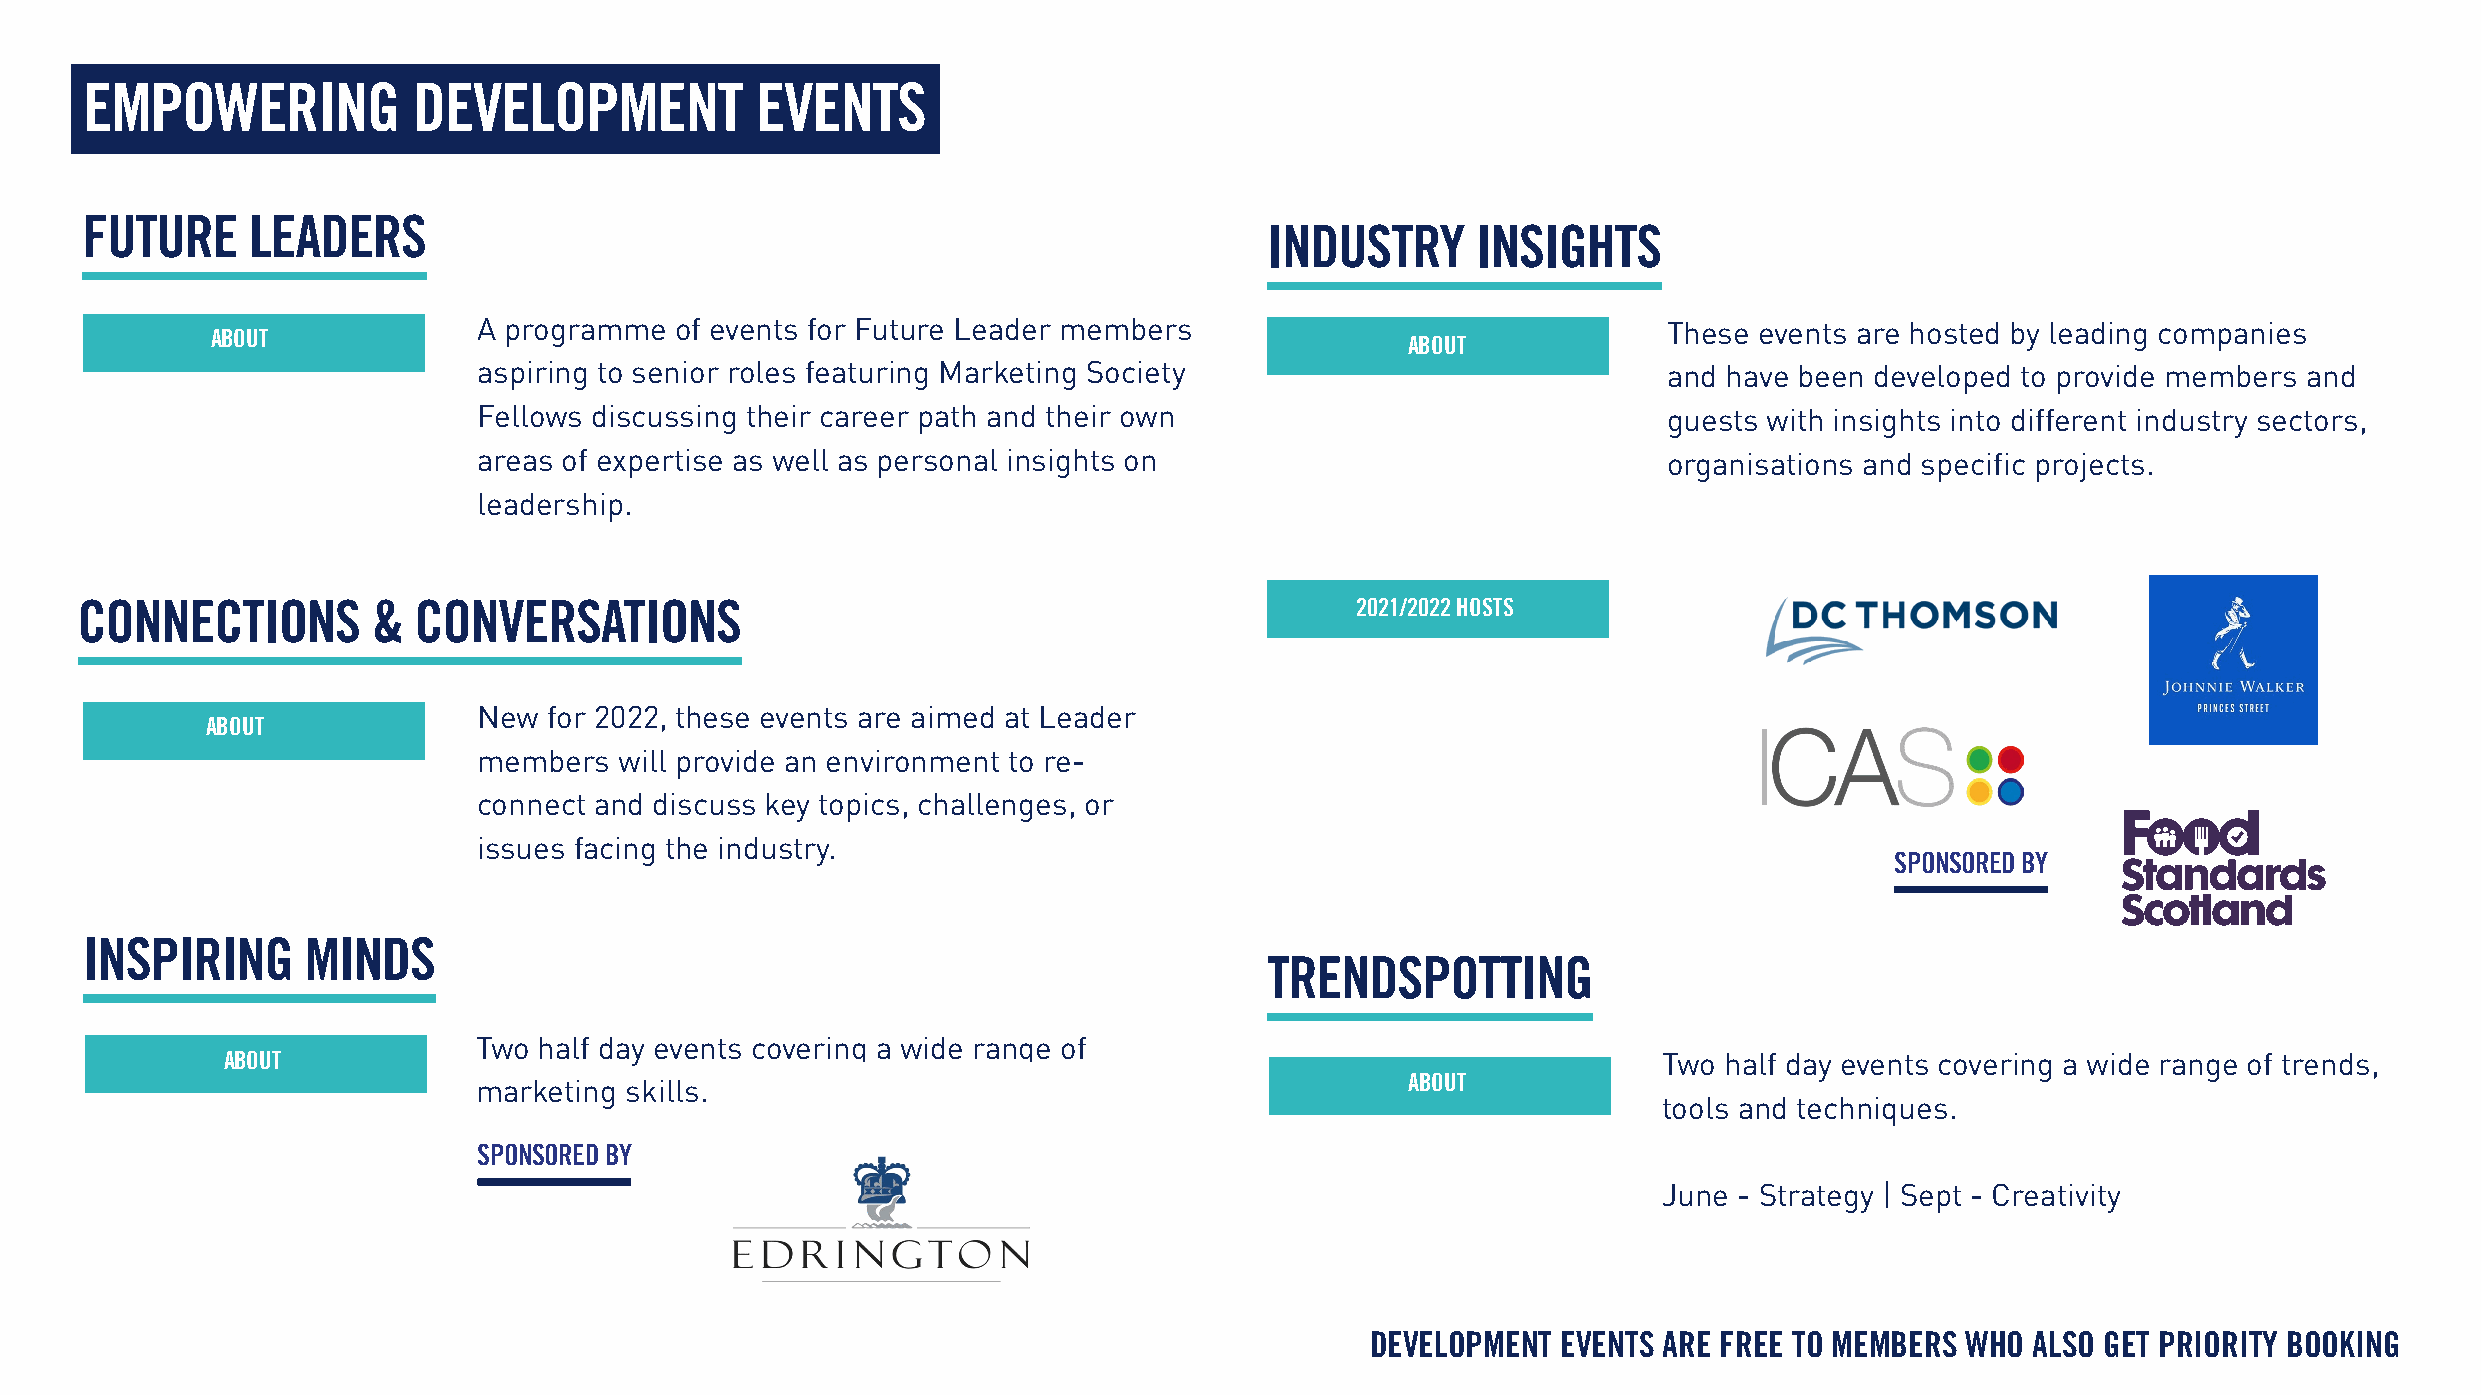
EMPOWERING            DEVELOPMENT            EVENTS
 FUTURE     LEADERS
 INDUSTRY      INSIGHTS
 A programme  of events for Future Leader members                              These events are hosted by leading companies
 ABOUT
 ABOUT
 aspiring to senior roles featuring Marketing Society                          and have been developed to provide members and
 Fellows discussing their career path and their own                            guests with insights into different industry sectors,
 areas of expertise as well as personal insights on                            organisations and specific projects.
 leadership.
 CONNECTIONS         & CONVERSATIONS                                                  2021/2022 HOSTS
 New for 2022, these events are aimed at Leader
 ABOUT
 members  will provide an environment to re-
 connect and discuss key topics, challenges, or
 issues facing the industry.
 SPONSORED BY
 INSPIRING      MINDS
 TRENDSPOTTING
 Two  half day events covering a wide range of
 ABOUT                                                                                          Two half day events covering a wide range of trends,
 marketing skills.                                             ABOUT
 tools and techniques.
 SPONSORED BY
 June - Strategy | Sept - Creativity
 DEVELOPMENT EVENTS ARE FREE TO MEMBERS WHO  ALSO GET PRIORITY BOOKING